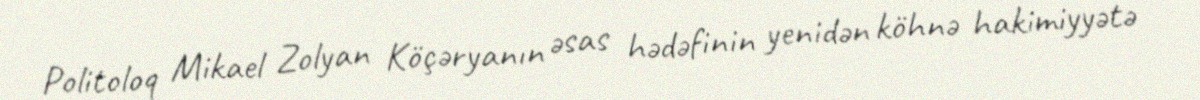
Politoloq Mikael Zolyan Köçəryanın əsas hədəfinin yenidən köhnə hakimiyyətə